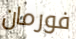
فورمان